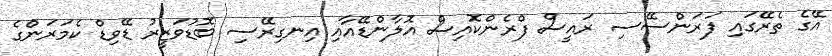
އޭގެ ތެރޭގައި ފަރަންސޭސި ރައީސް ފްރެންކޮއިސް އޮލާންޑޭއާއި އިނގިރޭސި ބޮޑުވަޒީރު ޑޭވިޑް ކެމަރަންގެ